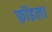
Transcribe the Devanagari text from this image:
फ़्रॉइला